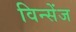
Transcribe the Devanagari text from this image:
विन्सेंज